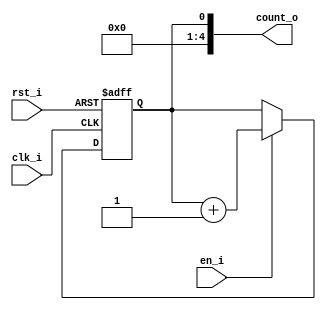
// Name: counter_column.v
//
// Description: 

module counter_row #(
  parameter Width = 5
) (
  input              rst_i,
  input              clk_i,
  input              en_i,
  output [Width-1:0] count_o
);

  wire mux;
  reg  reg_q;

  assign mux = (en_i) ? reg_q + 1 : reg_q;

  always @(posedge clk_i, posedge rst_i) begin
    if (rst_i)
      reg_q <= 0;
    else
      reg_q <= mux;
  end

  assign count_o = {4'b0000,reg_q};
  
endmodule